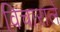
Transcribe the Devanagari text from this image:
विचाराले